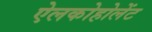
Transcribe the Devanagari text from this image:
ऐलकोहोलेंट